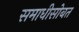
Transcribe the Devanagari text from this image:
समाधीसोबत